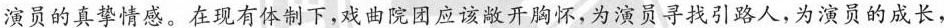
演员的真挚情感。在现有体制下，戏曲院团应该敞开胸怀，为演员寻找引路人，为演员的成长，